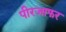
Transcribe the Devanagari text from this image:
पीरजाफर